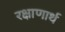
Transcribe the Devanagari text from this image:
रक्षाणार्थ